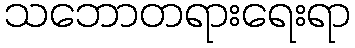
သဘောတရားရေးရာ